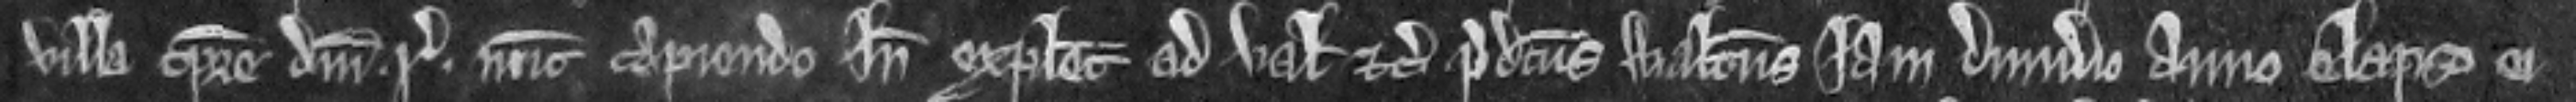
villa tempore domini regis nunc capiendo inde explecia ad valenciam etc. predictus Walterus jam dimidio anno elapso ei